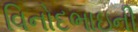
વિનોદભાઇની